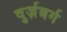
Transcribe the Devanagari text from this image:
वुर्ज़बर्ग